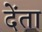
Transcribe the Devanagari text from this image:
देंता